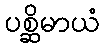
ပစ္ဆိမာယံ